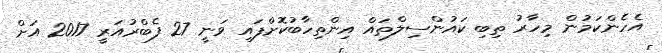
އެހެންކަމުން މިހާރު ތިބި ކައުންސިލްތައް އިންތިހާބުކޮށްފައި ވަނީ 27 ފެބްރުއަރީ 2017 އަށް